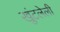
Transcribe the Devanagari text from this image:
खुंटलेली